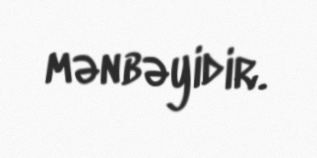
mənbəyidir.